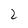
Character: 2